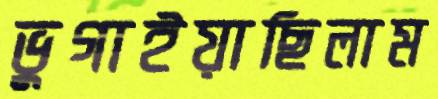
ভুগাইয়াছিলাম